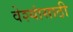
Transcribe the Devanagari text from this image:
वेश्यांसाठी